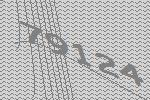
79124